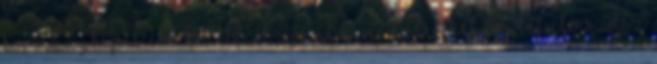
kormányképes erő koalíciót ajánl a második helyre befutó SZDSZ